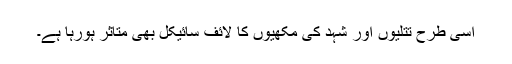
اسی طرح تتلیوں اور شہد کی مکھیوں کا لائف سائیکل بھی متاثر ہورہا ہے۔